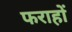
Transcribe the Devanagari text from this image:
फराहों